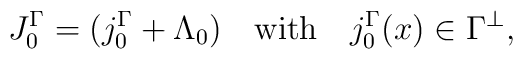
J_0^\Gamma=(j_0^\Gamma +\Lambda_0)\quad\hbox{with}\quad j_0^\Gamma(x)\in \Gamma^\perp,